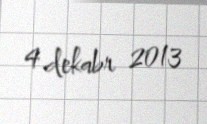
4 dekabr 2013